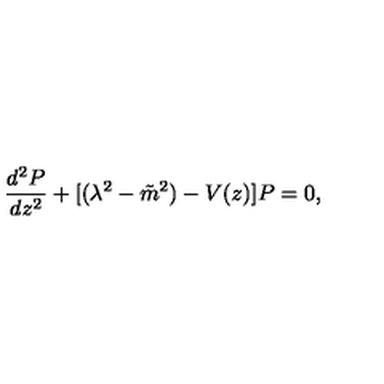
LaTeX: \frac { d ^ { 2 } P } { d z ^ { 2 } } + [ ( \lambda ^ { 2 } - { \tilde { m } } ^ { 2 } ) - V ( z ) ] P = 0 ,